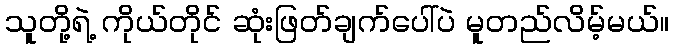
သူတို့ရဲ့ ကိုယ်တိုင် ဆုံးဖြတ်ချက်ပေါ်ပဲ မူတည်လိမ့်မယ်။